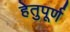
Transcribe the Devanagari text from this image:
हेतुपूर्ण